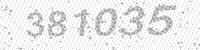
Solution: 381035